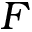
F